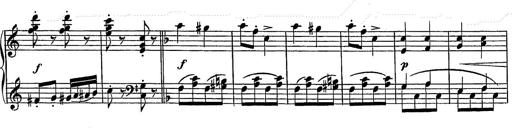
Title: Grand galop chromatique
Composer: Franz Liszt
Key: E-flat major (simplified version in EÂ major)